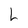
Character: L